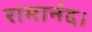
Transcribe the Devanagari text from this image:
रामानंद।